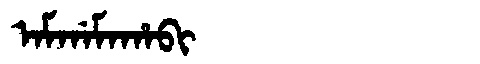
Manchu: ᠠᠮᡤᠠᠮᠠᡥᠠᠪᡳ
Romanization: AMGAMAHABI